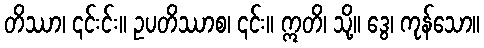
တိဿာ၊ ၎င်းင်း။ ဥပတိဿာစ၊ ၎င်း။ ဣတိ၊ သို့။ ဒွေ၊ ကုန်သော။